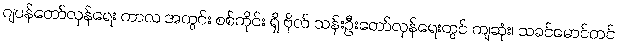
ဂျပန်တော်လှန်ရေး ကာလ အတွင်း စစ်ကိုင်း ရှိ ဗိုလ် သန်းဦးတော်လှန်ရေးတွင် ကျဆုံး၊ သခင်မောင်တင်